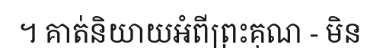
។ គាត់និយាយអំពីព្រះគុណ - មិន